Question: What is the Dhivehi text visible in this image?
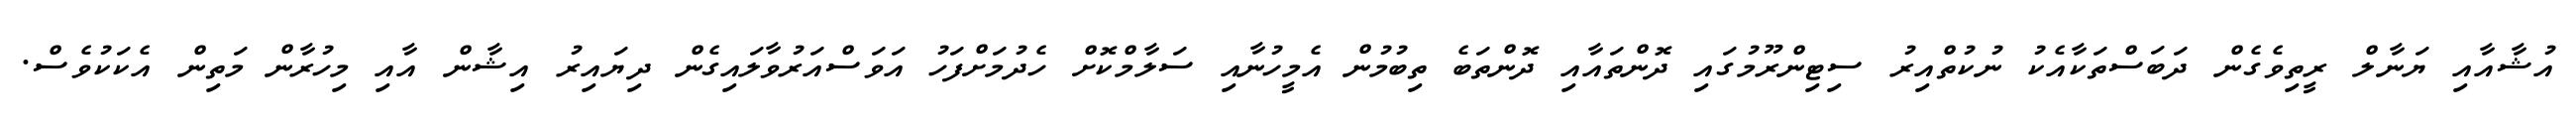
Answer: އުޝާއާއި ޔަނާލް ރީތިވެގެން ދަބަސްތަކާއެކު ނުކުތްއިރު ސިޓިންރޫމުގައި ދޮންތައާއި ދޮންތަބެ ތިބުމުން އެމީހުނާއި ސަލާމްކޮށް ހެދުމަށްފަހު އަވަސްއަރުވާލައިގެން ދިޔައިރު އިޝާން އާއި މިހުރާން މަތިން އެކަކުވެސް.